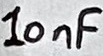
Text: 10nF